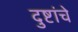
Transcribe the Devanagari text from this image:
दुष्टांचे